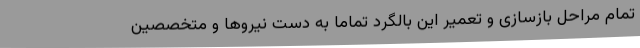
تمام مراحل بازسازی و تعمیر این بالگرد تماما به دست نیروها و متخصصین